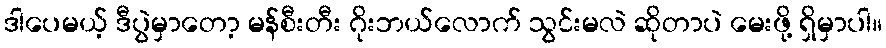
ဒါပေမယ့် ဒီပွဲမှာတော့ မန်စီးတီး ဂိုးဘယ်လောက် သွင်းမလဲ ဆိုတာပဲ မေးဖို့ ရှိမှာပါ။